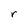
Character: r